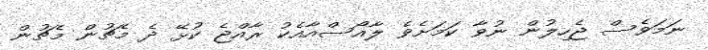
ނަމަވެސް ޖެހިލުން ނުވާ ކަމަށެވެ ލާއޯސްއާއެކު ރާއްޖެ ކުޅޭ ދެ މެޗުން މެޗުން